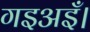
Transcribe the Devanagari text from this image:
गइअइँ।